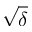
\sqrt { \delta }